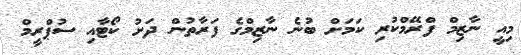
މިއީ ނާޒިމް ފްރޭމްކުރި ކަމަށް ބުނެ ނާޒިމްގެ ފަރާތުން ދަށު ކޯޓާއި ސުޕްރީމް